Virumaa_algkoolid, lk 17
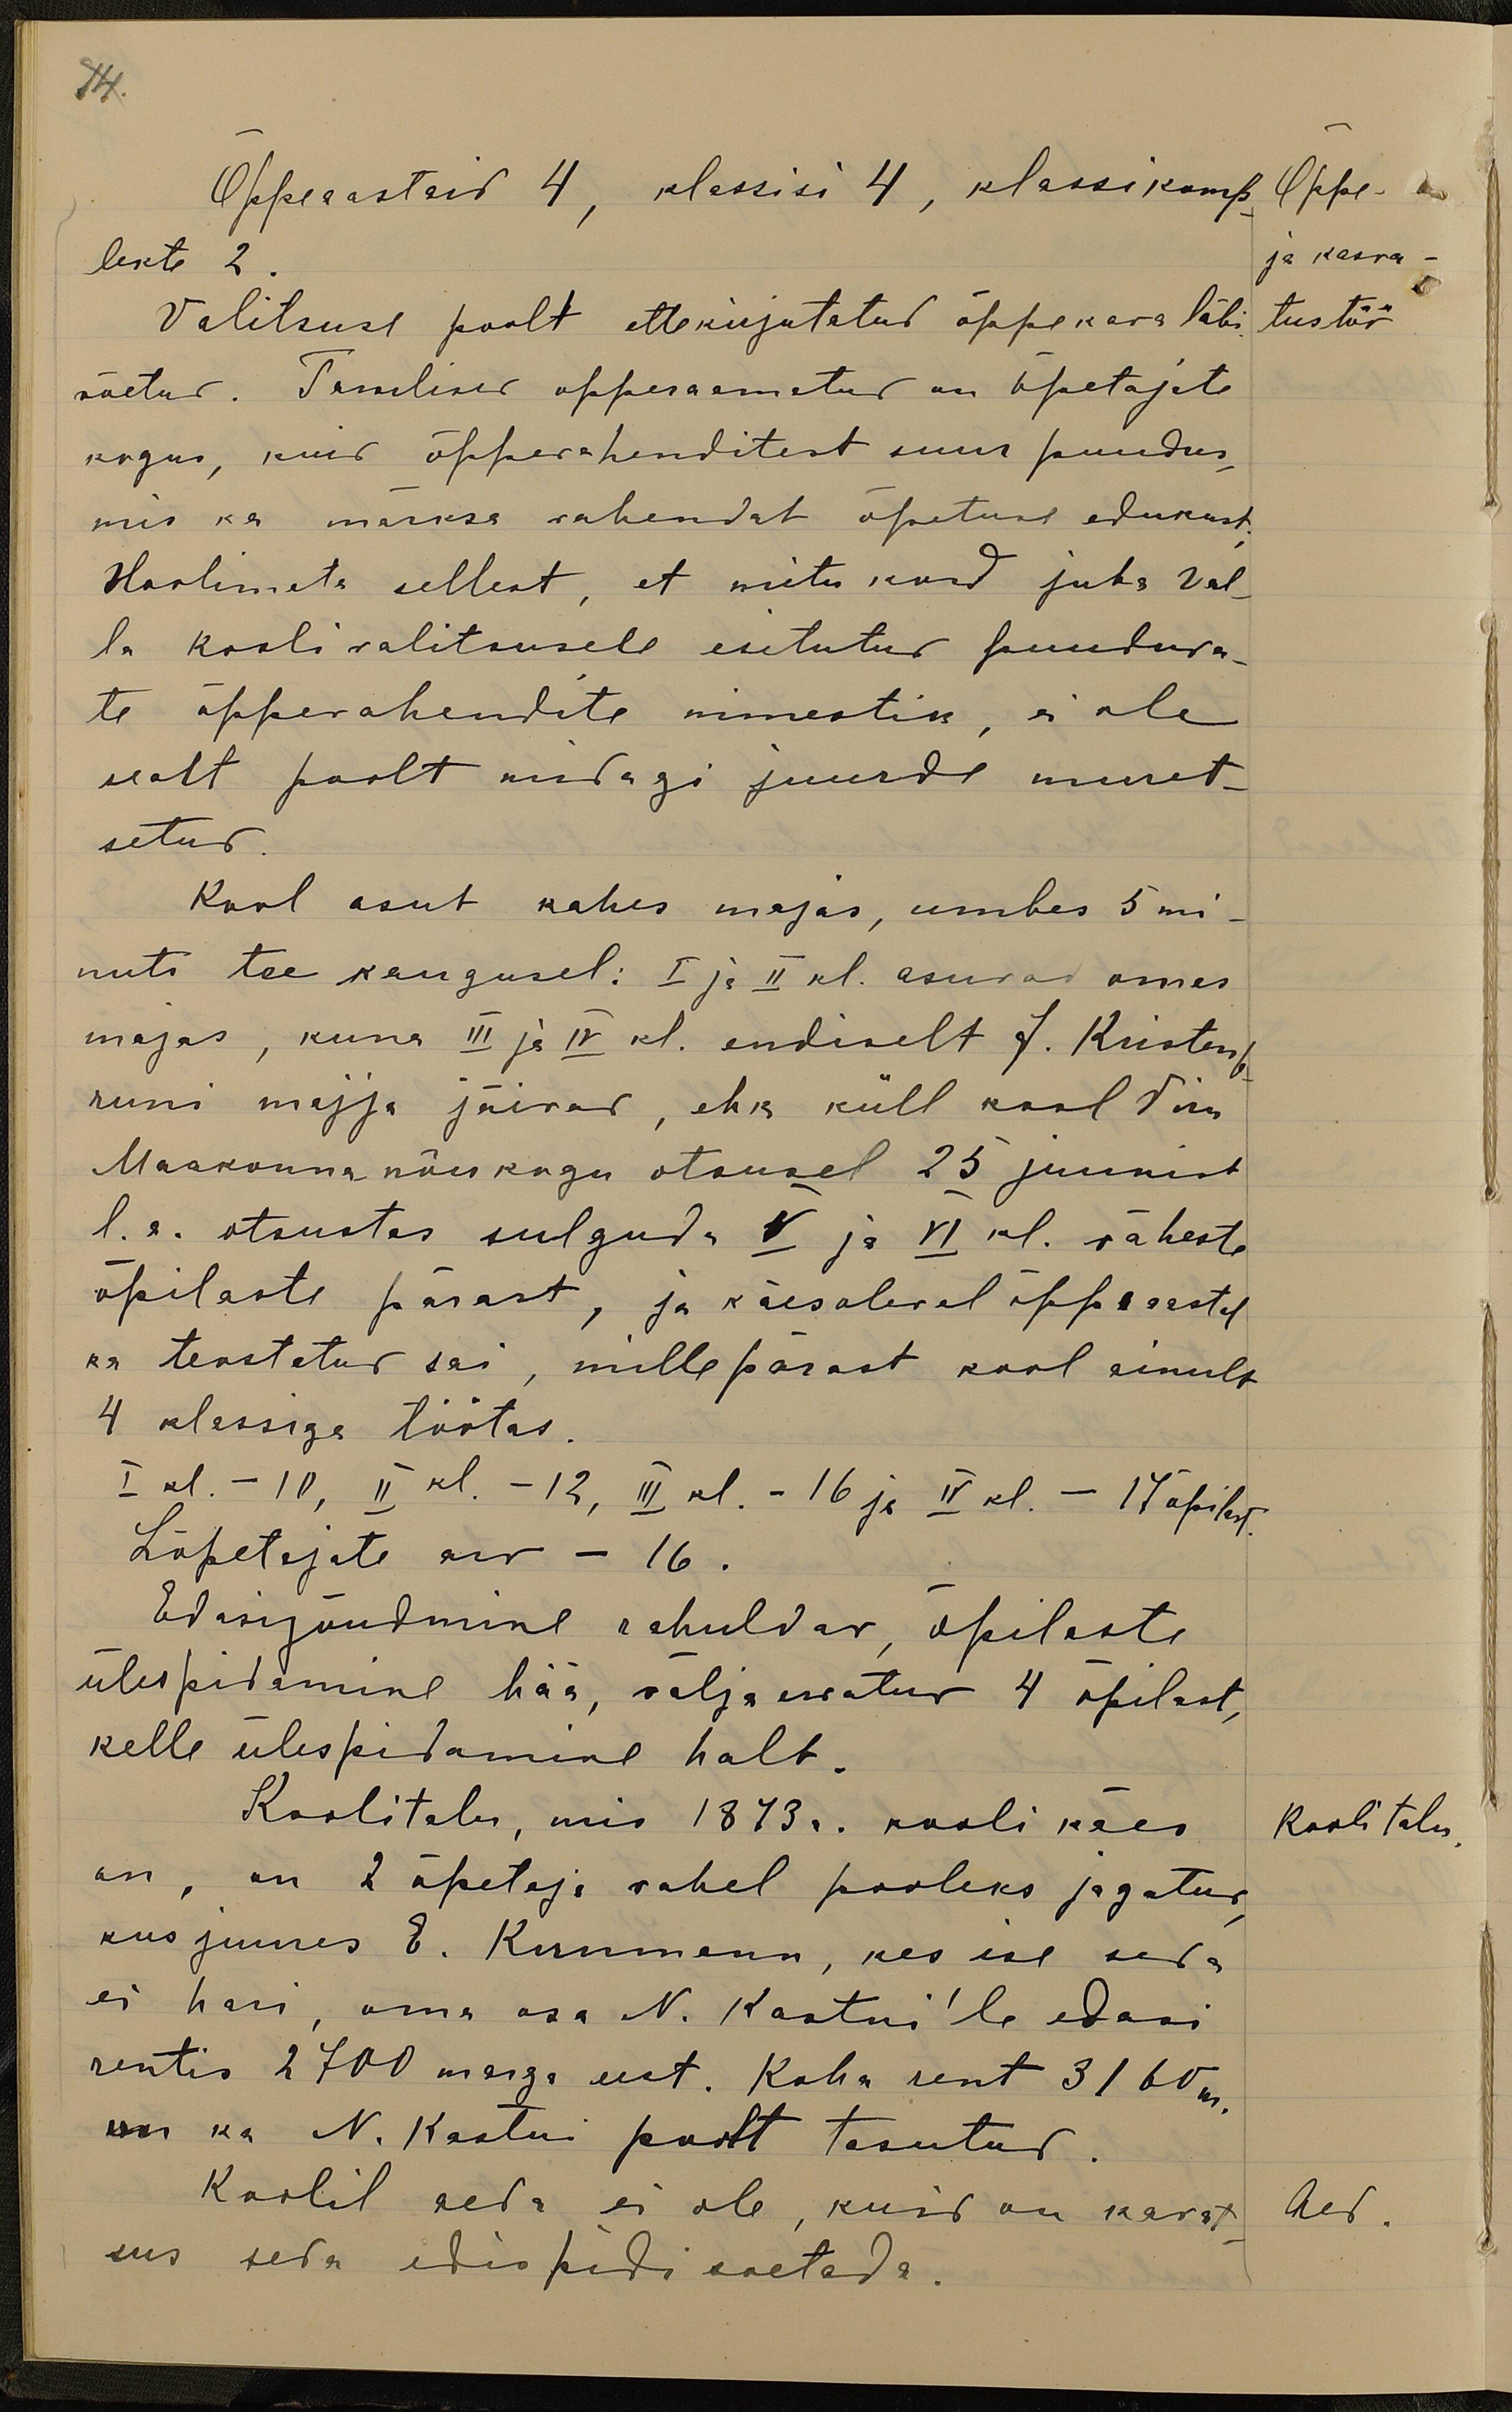
14.
Õppeaastaid 4, klassisi 4, klassikomp.
Õppe-
lekte 2
ja kasva-
Valitsuse poolt ette kirjutatud õppekava läbi
tustöö
võetud. Tarvlised õpperaamatud on õpetajate
kogus, kuid õppevahenditest suur puudus,
mis ka märksa vahendab õpetuse edukust.
Hoolimata sellest, et mitu kord juba val-
la koolivalitsusele esitutud puuduva-
te õppevahendite nimestik, ei ole
sealt poolt midagi juurde muret-
setud.
Kool asub kahes majas, umbes 5 mi-
nuti tee kaugusel: I ja II kl. asuvad omas
majas, kuna III ja IV kl. endiselt J. Kristenb-
runi majja jäivad, ehk küll kool Viru
Maakonna nõukogu otsusel 25 juunist
l.a. otsustas sulguda V ja VI kl. väheste
õpilaste pärast, ja käesoleval õppeaastal
ka teostatud sai, millepärast kool ainult
4 klassiga töötas.
I kl. - 10, II kl. - 12, III kl. - 16 ja IV kl. - 17 õpilast
Lõpetajate arv - 16.
Edasijõudmine rahuldav, õpilaste
ülespidamine hää, välja arvatud 4 õpilast,
kelle ülespidamine halb.
Koolitalu, mis 1873 a. kooli käes
Kooli talu.
on, on 2 õpetaja vahel pooleks jagatud
kus juures E. Kernmann, kes ise seda
ei hari, oma osa N. Kastni'le edasi
rentis 2700 marga eest. Koha rent 3160 m
koos ka N. Kastni poolt tasutud
Koolil aeda ei ole, kuid on kavat-
Aed.
sus seda edispidi soetada.